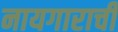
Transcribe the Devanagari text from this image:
नायगाराची